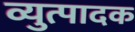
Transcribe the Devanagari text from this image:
व्युत्पादक